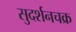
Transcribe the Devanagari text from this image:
सुदर्शनचक्र